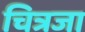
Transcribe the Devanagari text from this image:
चित्रजा